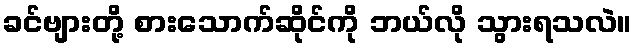
ခင်ဗျားတို့ စားသောက်ဆိုင်ကို ဘယ်လို သွားရသလဲ။